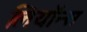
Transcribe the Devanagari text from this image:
लियॉन्स